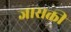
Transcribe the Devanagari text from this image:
जासक्ती